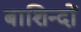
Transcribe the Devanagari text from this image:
बाशिन्दों